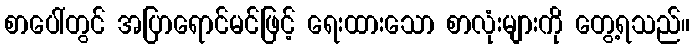
စာပေါ်တွင် အပြာရောင်မင်ဖြင့် ရေးထားသော စာလုံးများကို တွေ့ရသည်။